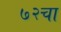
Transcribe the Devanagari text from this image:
७२चा